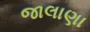
જાલાણા